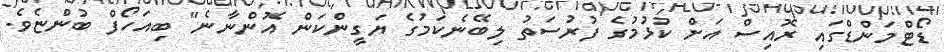
ޑޯޓްމަންޑްގައި ރޮއިސް އަށް ކުޅުމުގެ ފުރުސަތު ލިބޭނެކަމުގެ ޔަގީންކަން އޮންނާނެ" ބިއަހޯފް ބުންޏެވެ.